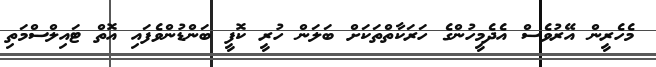
މެހެރީން އޭރުވެސް އެދެމީހުންގެ ހަރަކާތްތަކަށް ބަލަން ހުރީ ކޮފީ ބަންޑުންވެފައި އޮތް ޓައިލްސްމަތި